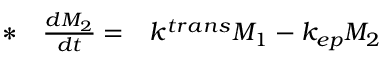
\begin{array} { r l r } { * } & { { } \frac { d M _ { 2 } } { d t } = } & { k ^ { t r a n s } M _ { 1 } - k _ { e p } M _ { 2 } } \end{array}